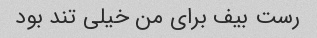
رست بیف برای من خیلی تند بود